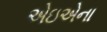
એઇએના